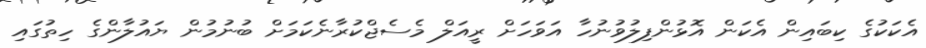
އެކަކުގެ ކިބައިން އެކަން އޮޅުންފިލުވުނުހާ އަވަހަށް ރީއަލް މެސެޖްކުރާނެކަމަށް ބުނުމުން ޔައުލާންގެ ހިތުގައި